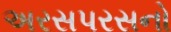
અરસપરસનો